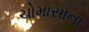
ચોમાસાના